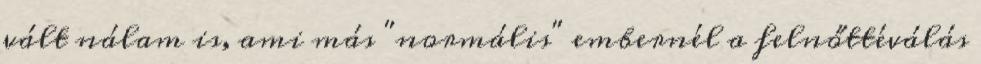
vált nálam is, ami más "normális" embernél a felnőttéválás